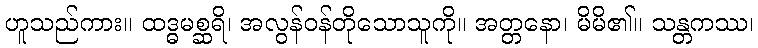
ဟူသည်ကား။ ထဒ္ဓမစ္ဆရိ၊ အလွန်ဝန်တိုသောသူကို။ အတ္တနော၊ မိမိ၏။ သန္တကဿ၊